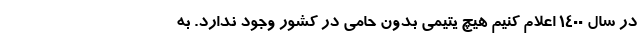
در سال ۱۴۰۰ اعلام کنیم هیچ یتیمی بدون حامی در کشور وجود ندارد. به